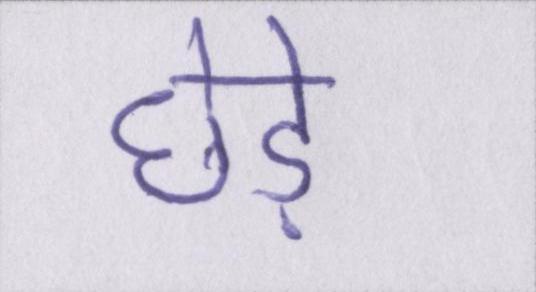
छेड़े